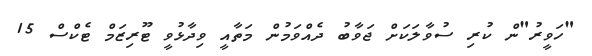
"ހަވީރު"ން ކުރި ސުވާލަކަށް ޖަވާބު ދެއްވަމުން މަތާއީ ވިދާޅުވީ ޓޫރިޒަމް ޓެކްސް 15